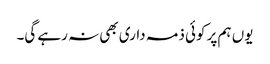
یوں ہم پر کوئی ذمہ داری بھی نہ رہے گی۔